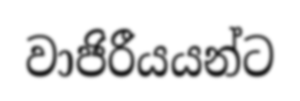
වාජිරීයයන්ට